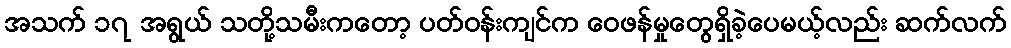
အသက် ၁၇ အရွယ် သတို့သမီးကတော့ ပတ်ဝန်းကျင်က ဝေဖန်မှုတွေရှိခဲ့ပေမယ့်လည်း ဆက်လက်